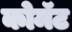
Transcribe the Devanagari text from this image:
कोमॅट